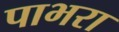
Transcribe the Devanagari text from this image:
पाभरा